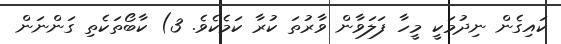
ކައިގެން ނިދުމަކީ މީހާ ފަލަވާން ވާރުތަ ކުރާ ކަމެކެވެ. 3) ކާބޯތަކެތި ގަންނަން